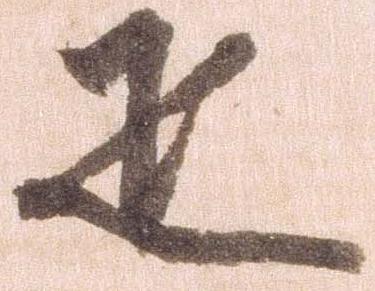
疋